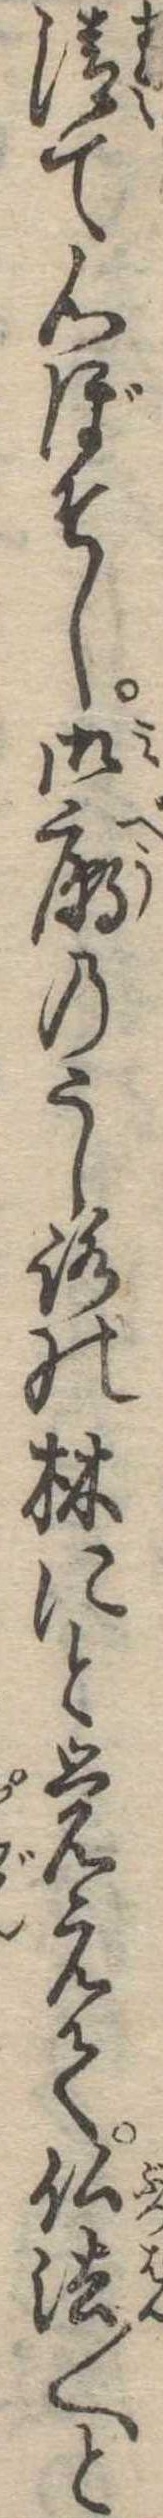
清て心ぼそし御廟のうしろの林にと覚えて仏法〱と